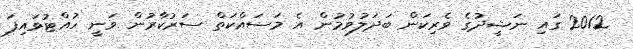
2012 ގައި ނަޝީދުގެ ވެރިކަން ބަދަލުވުމުން އެ މަސައްކަތް ސަރުކާރުން ވަނީ ހުއްޓުވައިފަ